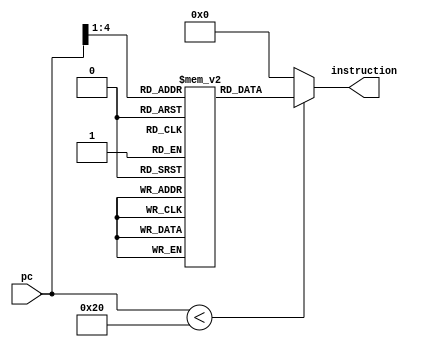
module instr_mem   
 (  
      input [15:0] pc,  
      output wire [15:0] instruction  
 );
      wire [3 : 0] rom_addr = pc[4 : 1];  
      reg [15:0] rom[15:0];  
      initial  
      begin  
                rom[0] = 16'b1110010010000000; //addi $1,$1,0  
                rom[1] = 16'b1110100100001010; //addi $2,$2,10
                rom[2] = 16'b1110110110000000; //addi $3,$3,0
                rom[3] = 16'b1111001000000001; //Loop:addi $4,$4,1
                rom[4] = 16'b1100100110000101; //beq $2,$3,exit
                rom[5] = 16'b0000010100010000; //add $1,$1,$2 
                rom[6] = 16'b0000101000100001; //sub $2,$2,$4  
                rom[7] = 16'b0100000000000100; //j loop 
                rom[8] = 16'b0000000000000000;  
                rom[9] = 16'b0000000000000000; 
                rom[10] = 16'b1111001000000111;//exit: addi $4,$4,7    
                rom[11] = 16'b0000000000000000;  
                rom[12] = 16'b0000000000000000;  
                rom[13] = 16'b0000000000000000;  
                rom[14] = 16'b0000000000000000;  
                rom[15] = 16'b0000000000000000;  
      end  
      assign instruction = (pc[15:0] < 32 )? rom[rom_addr[3:0]]: 16'd0;  
 endmodule